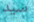
سيد